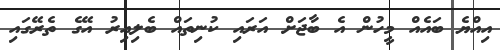
އިއްޔެ ބައެއް މީހުން އެ ބާޖަށް އަރައި ކުނިތައް ބެލިއިރު އޭގެ ތެރޭގައި